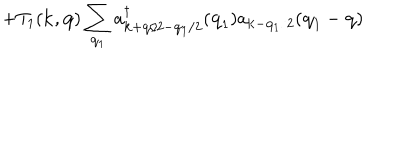
+ T _ { 1 } ( { \bf { k } } , { \bf { q } } ) \sum _ { { \bf { q } } _ { 1 } } a _ { { \bf { k } } + { \bf { q } } / 2 - { \bf { q } } _ { 1 } / 2 } ^ { \dagger } ( { \bf { q } } _ { 1 } ) a _ { { \bf { k } } - { \bf { q } } _ { 1 } / 2 } ( { \bf { q } } _ { 1 } - { \bf { q } } )